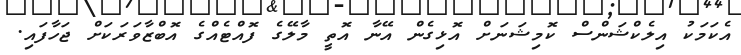
އެކަމަކު އިލެކްޝަންސް ކޮމިޝަނަށް އޮޅިގެން އޭނާ އޮތީ މާލޭގެ ފޮއްޓެއްގެ އޮބްޒާވަރަކަށް ޖަހާފައި.